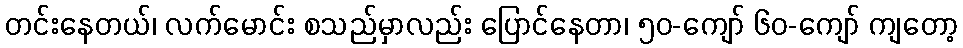
တင်းနေတယ်၊ လက်မောင်း စသည်မှာလည်း ပြောင်နေတာ၊ ၅၀-ကျော် ၆၀-ကျော် ကျတော့